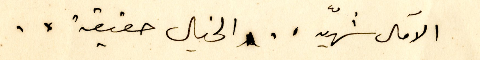
الآمال شهيّه .. الخيال حقيقة ..